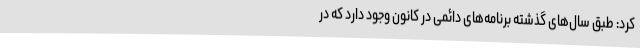
کرد: طبق سال‌های گذشته برنامه‌های دائمی در کانون وجود دارد که در